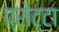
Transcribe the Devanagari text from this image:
प्रोट्टा